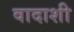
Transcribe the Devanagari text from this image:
वादाशी